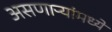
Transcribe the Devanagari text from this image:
असणाऱ्यांमध्ये